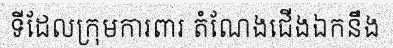
ទីដែលក្រុមការពារ តំណែងជើងឯកនឹង